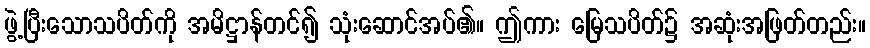
ဖွဲ့ပြီးသောသပိတ်ကို အမိဋ္ဌာန်တင်၍ သုံးဆောင်အပ်၏။ ဤကား မြေသပိတ်၌ အဆုံးအဖြတ်တည်း။